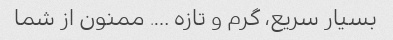
بسیار سریع، گرم و تازه …. ممنون از شما